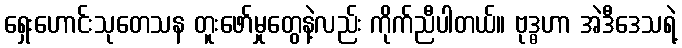
ရှေးဟောင်းသုတေသန တူးဖော်မှုတွေနဲ့လည်း ကိုက်ညီပါတယ်။ ဗုဒ္ဓဟာ အဲဒီဒေသရဲ့